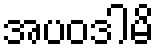
အပဝဒါမိ